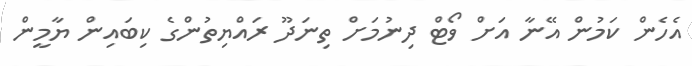
އެހެން ކަމުން އޭނާ އަށް ވޯޓް ދިނުމަށް ތިނަދޫ ރައްޔިތުންގެ ކިބައިން ޔާމީން